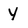
Character: Y